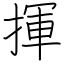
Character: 揮